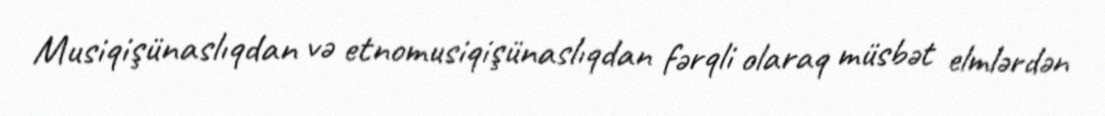
Musiqişünaslıqdan və etnomusiqişünaslıqdan fərqli olaraq müsbət elmlərdən